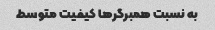
به نسبت همبرگرها کیفیت متوسط